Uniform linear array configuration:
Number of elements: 32
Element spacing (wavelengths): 1
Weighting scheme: hamming
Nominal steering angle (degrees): -60
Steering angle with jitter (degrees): -58.607
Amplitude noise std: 0.05
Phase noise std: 0.05

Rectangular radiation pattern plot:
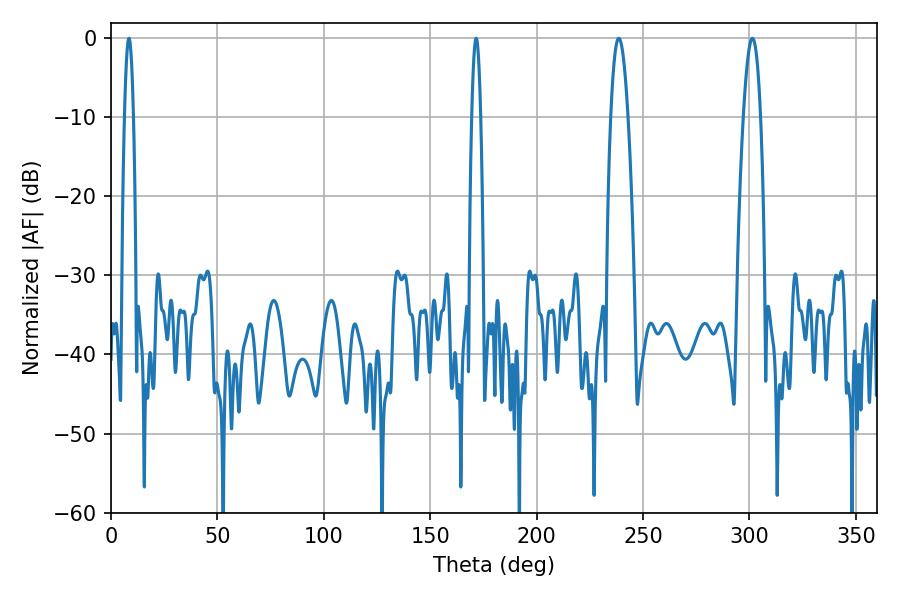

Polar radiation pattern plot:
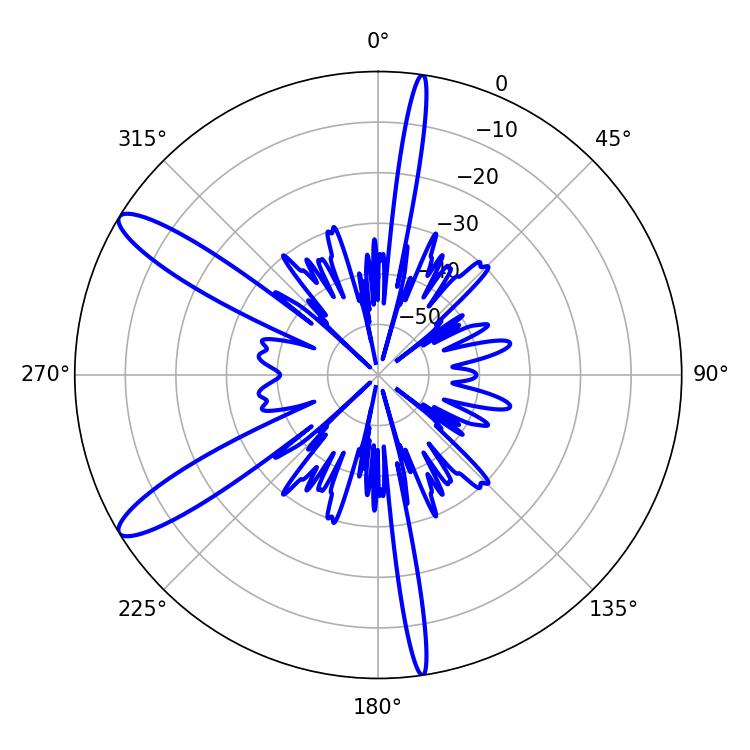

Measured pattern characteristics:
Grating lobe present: TRUE
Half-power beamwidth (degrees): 4.32
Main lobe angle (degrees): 301.32